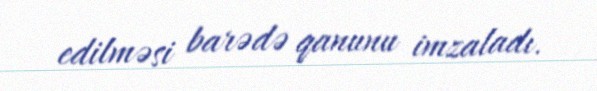
edilməsi barədə qanunu imzaladı.